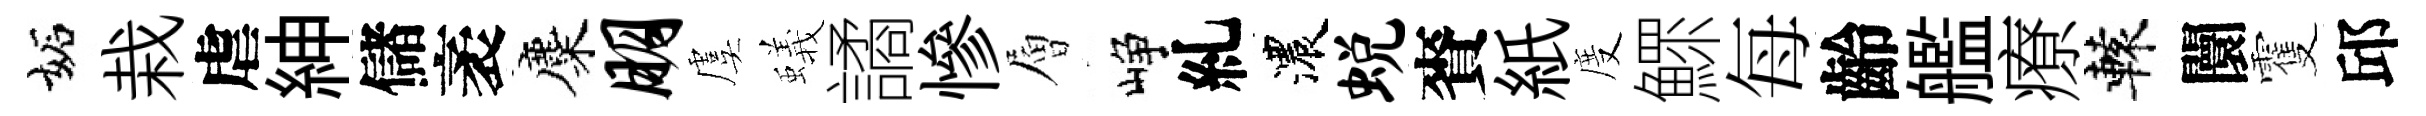
妬栽虐紳儲袤麋朋虞蟻譎慘層峥糺濃蜕賚紙度鰥每齡艦療轅闤䨥邱